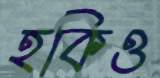
হকিও